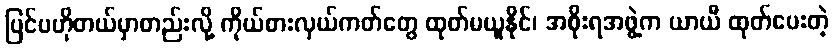
ပြင်ပဟိုတယ်မှာတည်းလို့ ကိုယ်စားလှယ်ကတ်တွေ ထုတ်မယူနိုင်၊ အစိုးရအဖွဲ့က ယာယီ ထုတ်ပေးတဲ့